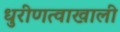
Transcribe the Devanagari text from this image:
धुरीणत्वाखाली